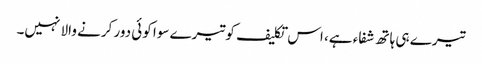
تیرے ہی ہاتھ شفاء ہے، اس تکلیف کو تیرے سوا کوئی دور کرنے والا نہیں۔